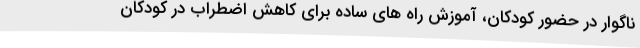
ناگوار در حضور کودکان، آموزش راه های ساده برای کاهش اضطراب در کودکان